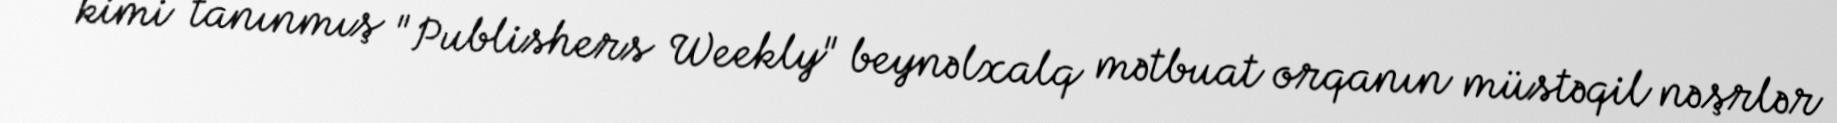
kimi tanınmış "Publishers Weekly" beynəlxalq mətbuat orqanın müstəqil nəşrlər